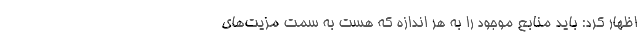
اظهار کرد: باید منابع موجود را به هر اندازه که هست به سمت مزیت‌های